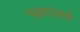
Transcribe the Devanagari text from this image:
पढ़ाएजाते